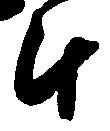
斗